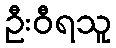
ဦးဝီရသူ